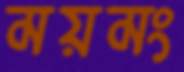
ময়মং